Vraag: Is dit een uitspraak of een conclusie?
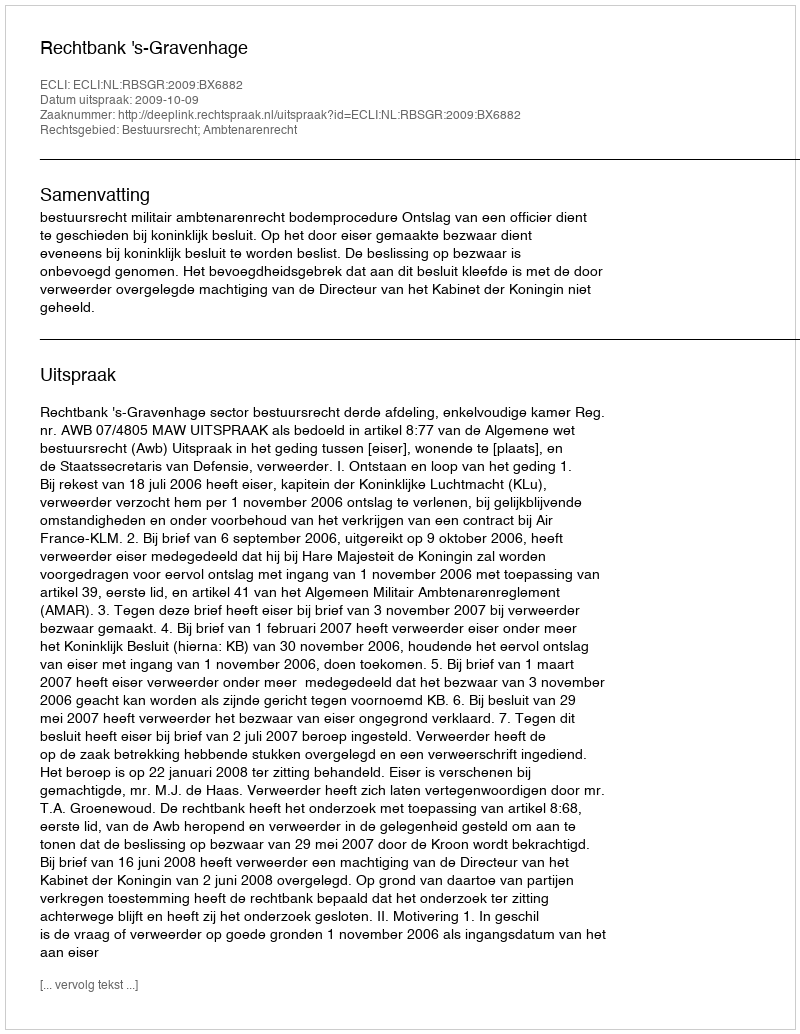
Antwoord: Uitspraak